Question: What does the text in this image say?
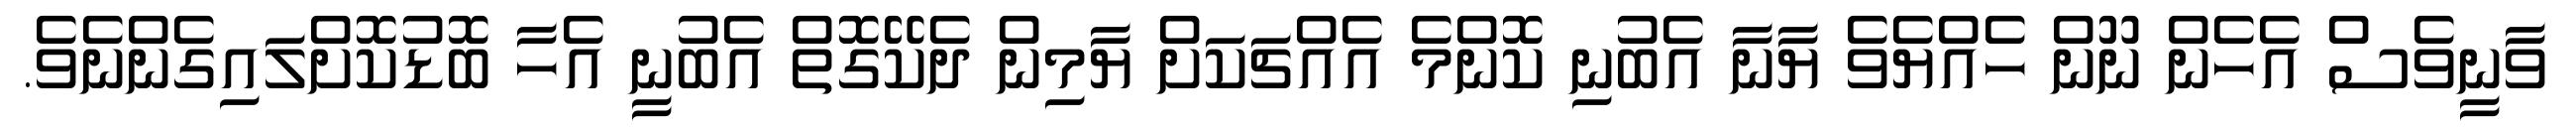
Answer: ވާނީވެސް އެހެން ނޫން ހެއްޔެވެ ޔާނާ އެބުނި ކޮންމެ އެއްޗަކަށް ޔާމިން ދެކޭގޮތް އެބުނީ އެހާ ބޮޑުކޮށްލައިގެންނެވެ.